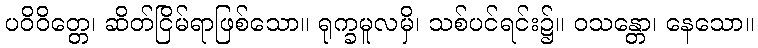
ပဝိဝိတ္တေ၊ ဆိတ်ငြိမ်ရာဖြစ်သော။ ရုက္ခမူလမှိ၊ သစ်ပင်ရင်း၌။ ဝသန္တော၊ နေသော။